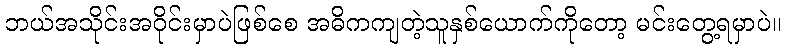
ဘယ်အသိုင်းအဝိုင်းမှာပဲဖြစ်စေ အဓိကကျတဲ့သူနှစ်ယောက်ကိုတော့ မင်းတွေ့ရမှာပဲ။